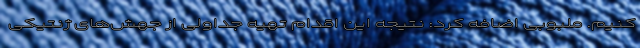
کنیم. ملبوبی اضافه کرد: نتیجه این اقدام تهیه جداولی از جهش‌های ژنتیکی